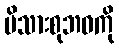
မိသားစုဘဝကို